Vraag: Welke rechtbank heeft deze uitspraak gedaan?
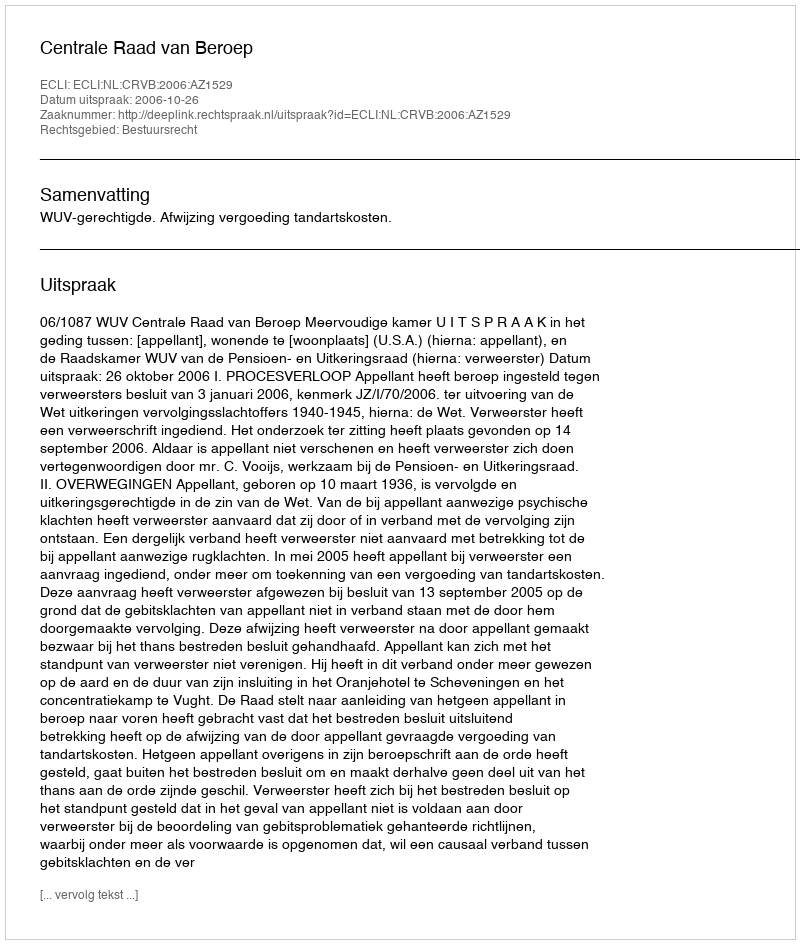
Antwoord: Centrale Raad van Beroep